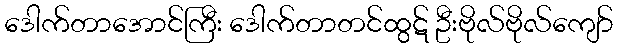
ဒေါက်တာအောင်ကြီး ဒေါက်တာတင်ထွဋ် ဦးဗိုလ်ဗိုလ်ကျော်